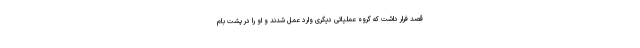
قصد فرار داشت که گروه عملیاتی دیگری وارد عمل شدند و او را در پشت بام